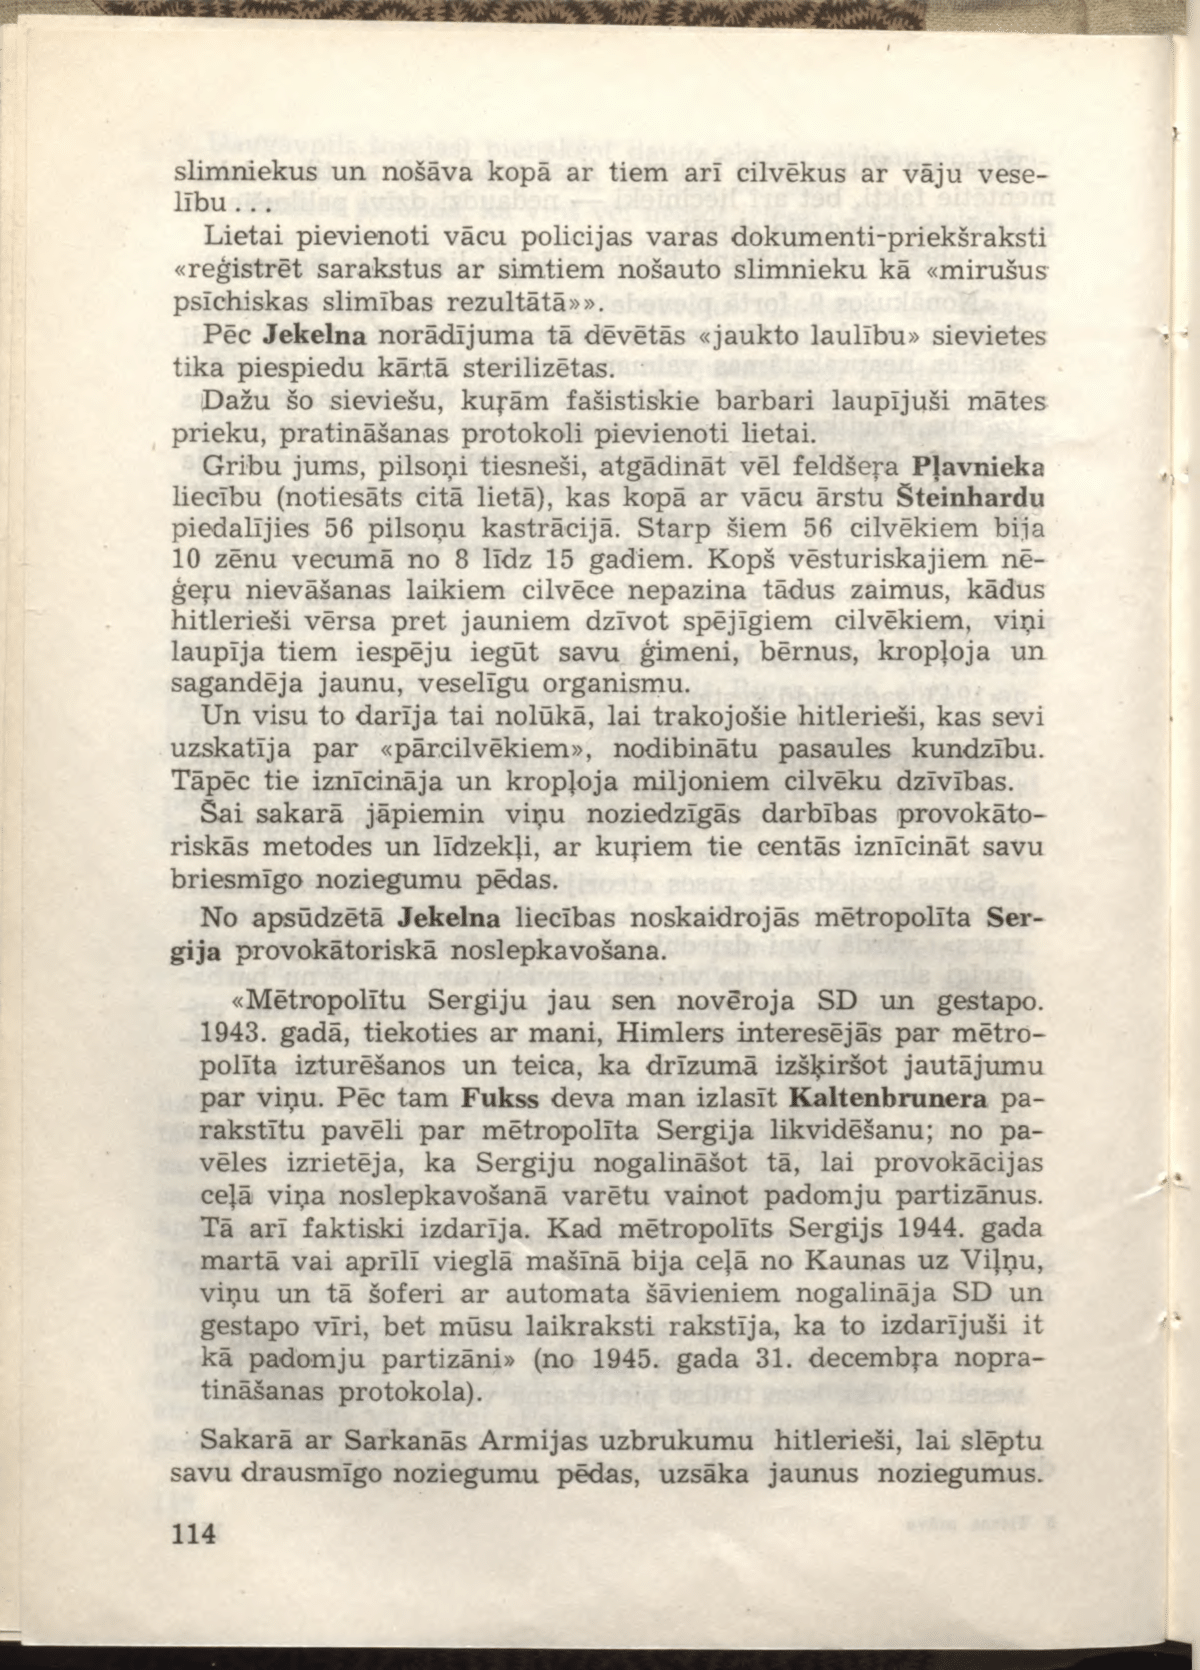
Language: lv